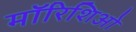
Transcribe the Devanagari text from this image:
मॉरिशिओ